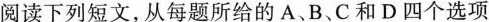
阅读下列短文，从每题所给的A、B、C和D四个选项